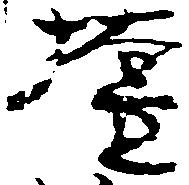
壇